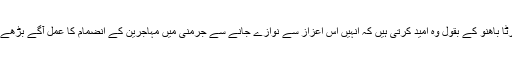
ننورٹا باھنو کے بقول وہ اميد کرتی ہيں کہ انہيں اس اعزاز سے نوازے جانے سے جرمنی ميں مہاجرين کے انضمام کا عمل آگے بڑھے گا۔